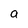
Character: a